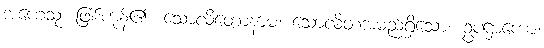
အဟေသုံ၊ ဖြစ်ကုန်၏။ သောလိတောနာမ၊ သောလိတအမည်ရှိသော။ ဥပဌာကော၊